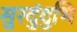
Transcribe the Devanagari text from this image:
सुरदुंदुभि